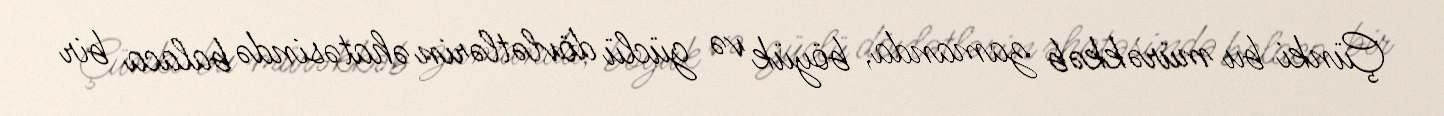
Çünki bu mürəkkəb zamanda, böyük və güclü dövlətlərin əhatəsində balaca bir